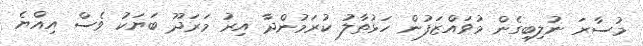
މުސާރަ ނުލިބިގެން މުވައްޒަފުން ހަޅުތާލު ކުރަމުންދާ އިރު މަރަދޫ ބަޔަކު ވެސް އިއްޔެ